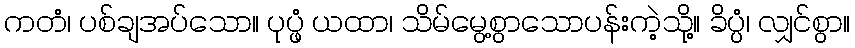
ကတံ၊ ပစ်ချအပ်သော။ ပုပ္ဖံ ယထာ၊ သိမ်မွေ့စွာသောပန်းကဲ့သို့။ ခိပ္ပံ၊ လျှင်စွာ။